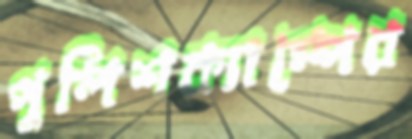
পুলিশক্যাম্পের